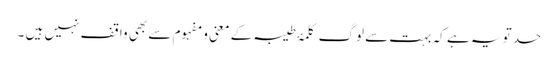
حد تو یہ ہے کہ بہت سے لوگ کلمۂ طیبہ کے معنی و مفہوم سے بھی واقف نہیں ہیں ۔